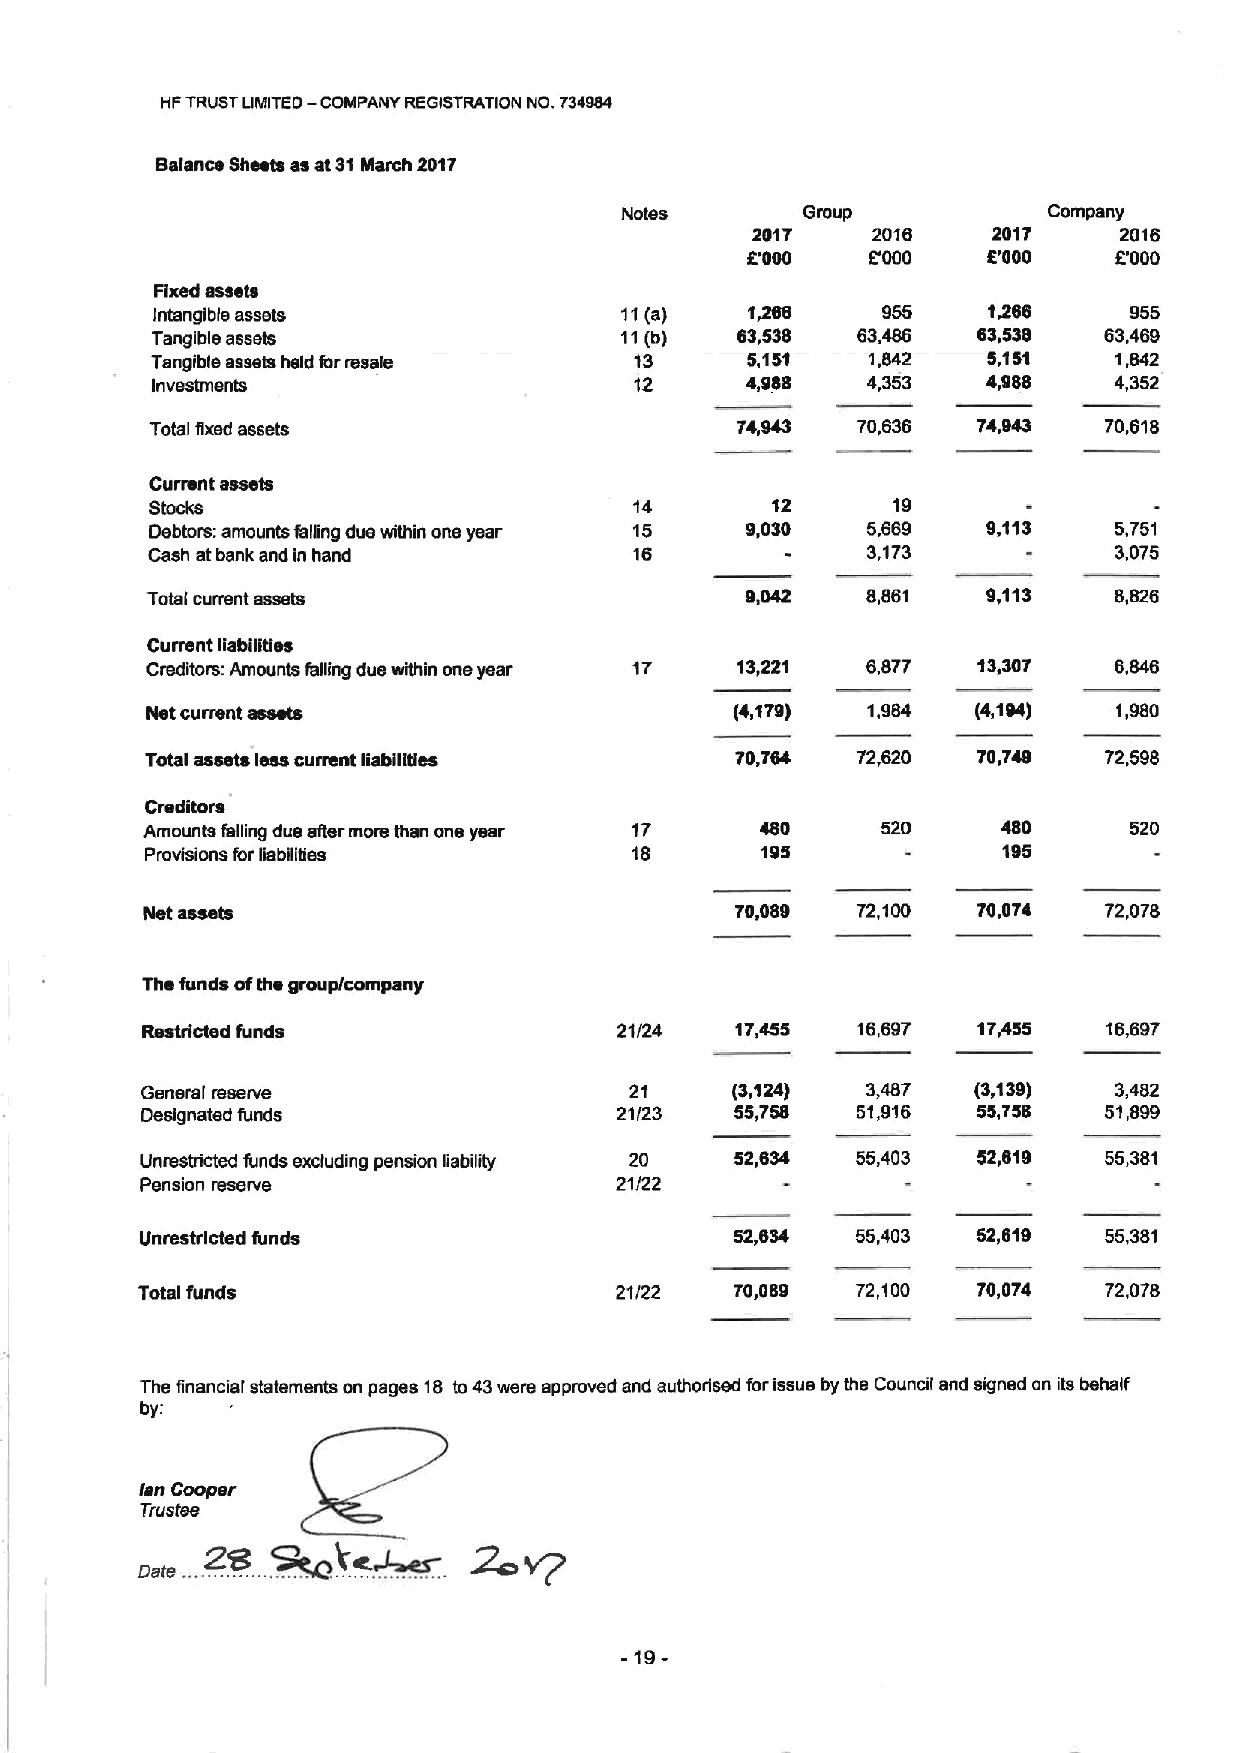
HFTRUSTLIMITED— COMPANY REGISTRATION NO. 734904
 Balance Sheets as at31March 2017
 Notes       Group           Company
 2017    2016    2017    2016
 8'000    E'000  E'000    E'000
 Fixed asssta
 Intangible assets              11(a)    1~0     955    1,260     955
 Tangible assets                11(b)   03,530  63.486  63,530  63,469
 Tangible assets held formeals   13     5,151    1,842  5,151    1,842
 Investments                     12     4,988   4,353   4,988    4,352
 Total fixed assets                             70,636  74,043  70,610
 Current assets
 Stocks                          14       12      19
 Debtors: amounts falling due within ons year 15 0,030 5,669 9,113 5,751
 Cash atbank and in hand         18             3,173            3,075
 Totai current assets                   $,042   8,661   $,113    8,826
 Current liabfilties
 Creditors: Amounts falling due within ons year 17 13,221 6,677 13,307
 Retcurrent assets                      (4,179) 1,984   (4,104)  1,980
 74072,
 Total assets less cunent liabilities   70,784  72,620  70,       598
 Creditors
 Amounts fsfiing due alter more than ons year 17 480 520  480      520
 Provisions forfisbfiitles       18      195             195
 70,08$  72,100  70,074  72,078
 The funds ofths group/company
 Restricted funds                21/24   17,455  16,697  17,455  16,697
 General reserve                  21    (3,124)  3,467   (3,139)  3,482
 Designated funds                21/23   55,758  51,916  55,75S  51,899
 52)81955
 Unrestricted funds excluding pension liability 20 52,834 55403    381
 Pension reserve                 21/22
 Unrestricted funds                      52,034  55,403  52,019  55,381
 Total funds                     21/22   70,089  72,100  70,074  72,078
 The financial statements on pages 18 to43were approved and authorised forissue by the Council and signed on its behalf
 by:
 /sn Cooper
 ~k~
 Trustee
 2s
 2c
 vP
 -19-